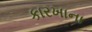
કારખાના